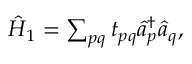
\begin{array} { r } { \hat { H } _ { 1 } = \sum _ { p q } t _ { p q } \hat { a } _ { p } ^ { \dagger } \hat { a } _ { q } , } \end{array}